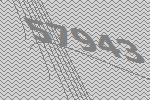
57943